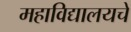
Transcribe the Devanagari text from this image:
महाविद्यालयचे